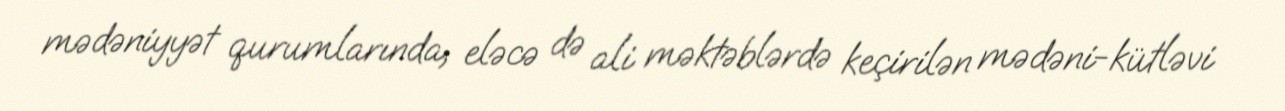
mədəniyyət qurumlarında, eləcə də ali məktəblərdə keçirilən mədəni-kütləvi